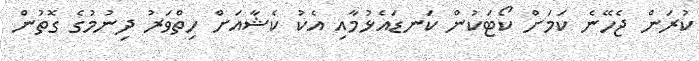
ކުރަން ޖެހޭނެ ކަމަށް ކޯޓަކުން ކަނޑައެޅުމާއި އެކު ކެޝާއަށް ހިތްވަރު ދިނުމުގެ ގޮތުން